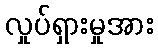
လှုပ်ရှားမှုအား